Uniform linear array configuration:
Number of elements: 12
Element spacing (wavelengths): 0.5
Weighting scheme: cosine
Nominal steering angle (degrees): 45
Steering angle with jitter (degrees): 45.115
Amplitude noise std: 0.05
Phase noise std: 0.05

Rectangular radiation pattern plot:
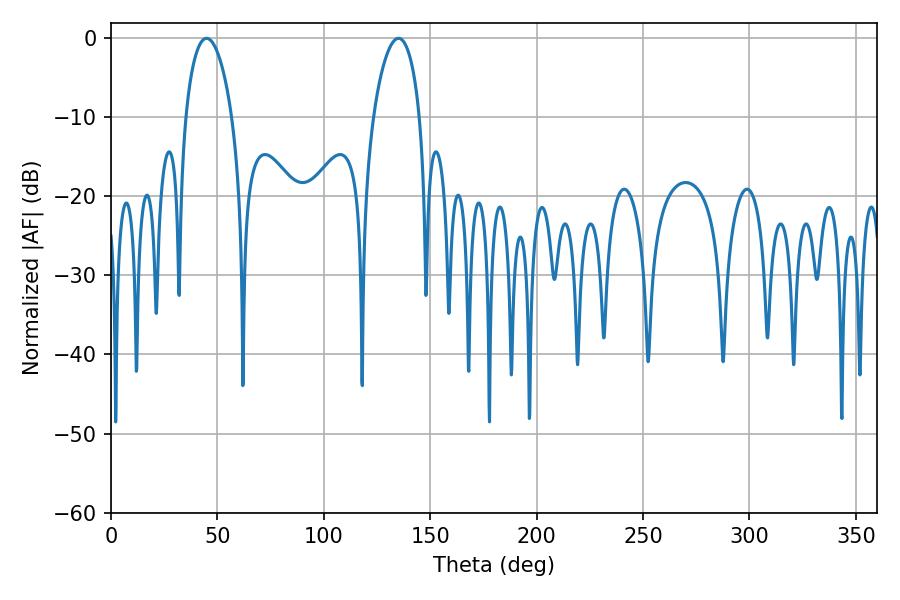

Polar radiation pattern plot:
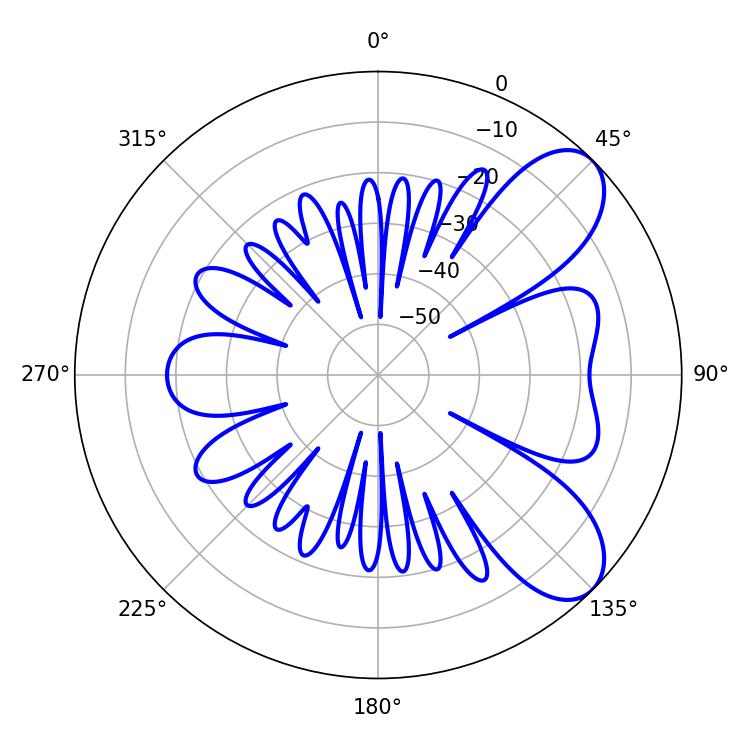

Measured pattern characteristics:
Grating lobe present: FALSE
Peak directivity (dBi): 7.762
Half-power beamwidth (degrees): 12.42
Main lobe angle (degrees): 44.82